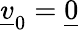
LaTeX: \underline{{v}}_{0}=\underline{{0}}